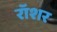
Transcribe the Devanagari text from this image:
रॉशर